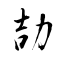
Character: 劼